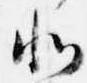
北